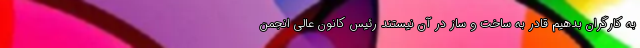
به کارگران بدهیم قادر به ساخت و ساز در آن نیستند رئیس کانون عالی انجمن